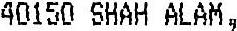
40150 SHAH ALAM,